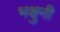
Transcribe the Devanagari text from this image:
भक्षुनी